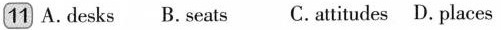
11 A.desks B.seats C. atitudes D. places